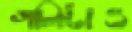
গলিটাও